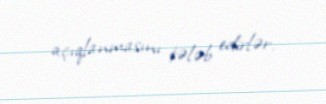
açıqlanmasını tələb edirlər.